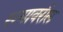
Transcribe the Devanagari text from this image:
स्त्यावरील